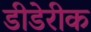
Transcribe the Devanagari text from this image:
डीडेरीक